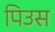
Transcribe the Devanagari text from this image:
पिउस